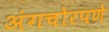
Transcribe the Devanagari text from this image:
अंगचोरपणे